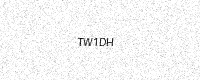
Text: TW1DH